Civil Veterinary Dept. North-West Frontier Province 1901-22 - 1901-1922
Year: 1901
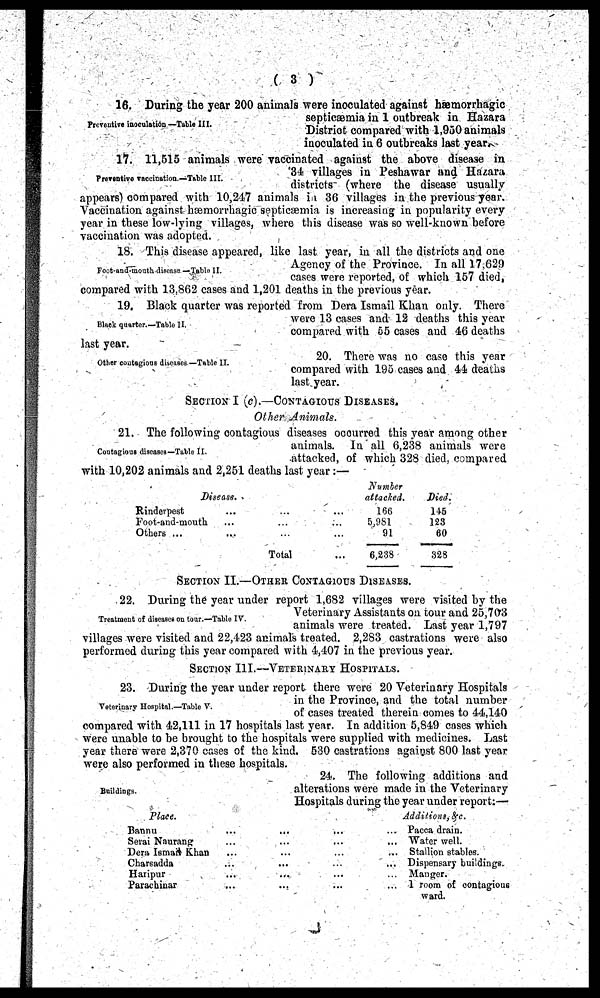
(3)
Preventive inoculation —Table III.
16. During the year 200 animals were inoculated against hæmorrhagic
septicæmia in 1 outbreak in Hazara
District compared with 1,950 animals
inoculated in 6 outbreaks last year.
Preventive vaccination.—Table III.
17. 11,515 animals were vaccinated against the above disease in
34 villages in Peshawar and Hazara
districts (where the disease usually
appears) compared with 10,247 animals in 36 villages in the previous year.
Vaccination against hæmorrhagic septicæmia is increasing in popularity every
year in these low-lying villages, where this disease was so well-known before
vaccination was adopted.
Foot-and-mouth disease —Table II.
18. This disease appeared, like last year, in all the districts and one
Agency of the Province. In all 17,629
cases were reported, of which 157 died,
compared with 13,862 cases and 1,201 deaths in the previous year.
Black quarter.—Table II.
19. Black quarter was reported from Dera Ismail Khan only. There
were 13 cases and 12 deaths this year
compared with 55 cases and 46 deaths
last year.
Other contagious diseases—Table II.
20. There was no case this year
compared with 195 cases and 44 deaths
last year.
SECTION I (c).—CONTAGIOUS DISEASES.
Other Animals.
Contagious diseases—Table II.
21. The following contagious diseases occurred this year among other
animals. In all 6,238 animals were
attacked, of which 328 died, compared
with 10,202 animals and 2,251 deaths last year:—
Disease.
Rinderpest
...
...
...
Foot-and-mouth
...
...
...
Others ...
...
...
...
Total
... ... ... ...
Number
attacked.
166
5,981
91
6,238
Died.
145
123
60
328
SECTION II.—OTHER CONTAGIOUS DISEASES.
Treatment of diseases on tour.—Table IV.
22. During the year under report 1,682 villages were visited by the
Veterinary Assistants on tour and 25,703
animals were treated. Last year 1,797
villages were visited and 22,423 animals treated. 2,283 castrations were also
performed during this year compared with 4,407 in the previous year.
SECTION III.—VETERINARY HOSPITALS.
Veterinary Hospital.—Table V.
23. During the year under report there were 20 Veterinary Hospitals
in the Province, and the total number
of cases treated therein comes to 44,140
compared with 42,111 in 17 hospitals last year. In addition 5,849 cases which
were unable to be brought to the hospitals were supplied with medicines. Last
year there were 2,370 cases of the kind. 530 castrations against 800 last year
were also performed in these hospitals.
Buildings.
24. The following additions and
alterations were made in the Veterinary
Hospitals during the year under report:—
Place.
Bannu
...
...
...
Serai Naurang
...
...
...
Dera Ismail Khan
...
...
...
Charsadda
...
...
...
Haripur
...
...
...
Parachinar ... ... ...
Additions, &c.
Pacca drain.
Water well.
Stallion stables.
Dispensary buildings.
Manger.
1 room of contagious
ward.